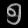
Digit: ၅